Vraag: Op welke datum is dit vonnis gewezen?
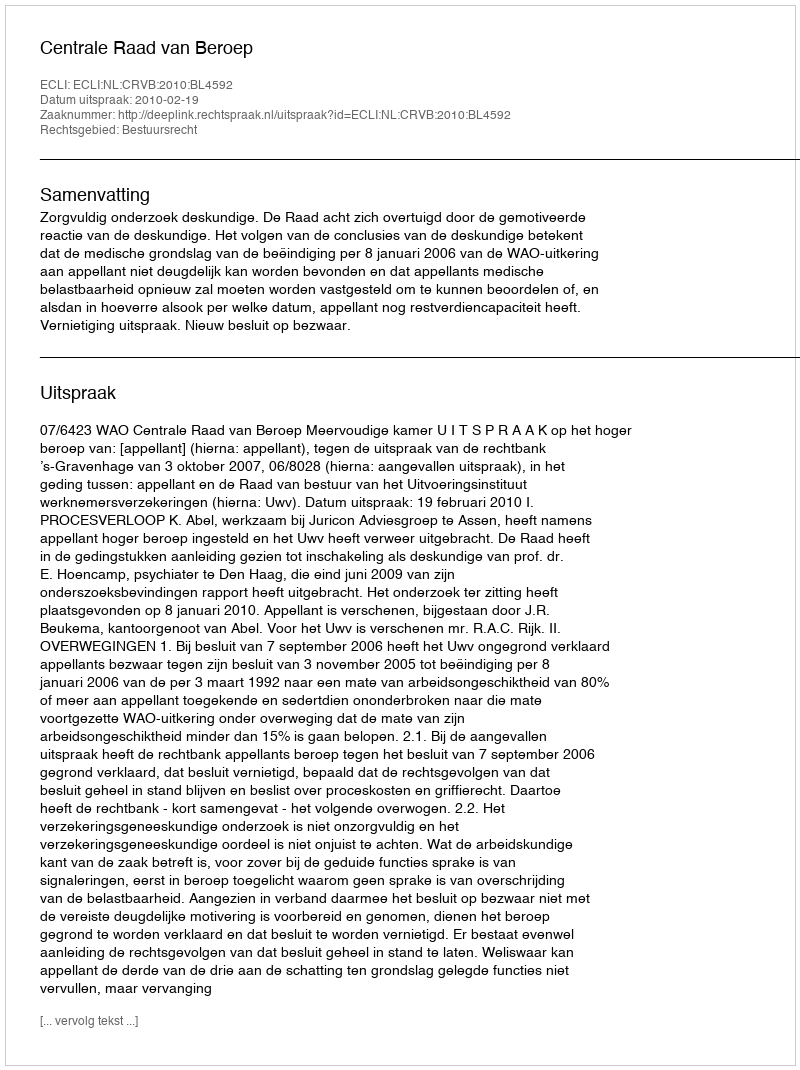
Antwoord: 2010-02-19